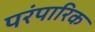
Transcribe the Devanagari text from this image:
परंपारिक